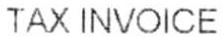
TAX INVOICE